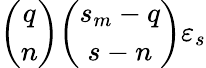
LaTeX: {\binom{q}{n}}{\binom{s_{m}-q}{s-n}}\varepsilon_{s}